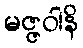
မဇ္ဇဝါနိ